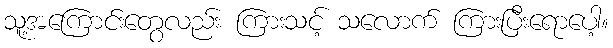
သူ့အကြောင်းတွေလည်း ကြားသင့် သလောက် ကြားပြီးရောပေါ့။